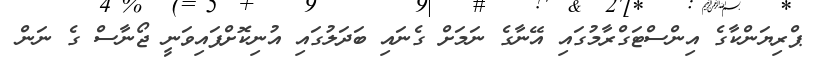
ޕްރިޔަންކާގެ އިންސްޓަގްރާމުގައި އޭނާގެ ނަމަށް ގެނައި ބަދަލުގައި އުނިކޮށްފައިވަނީ ޖޯނާސް ގެ ނަން